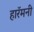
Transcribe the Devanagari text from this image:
हारॅमनी